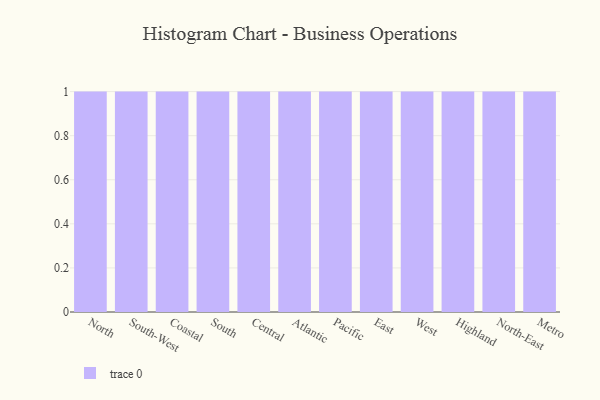
{"axis": {"x": "Region", "y": "Gross Profit (USD K)"}, "legend": [""], "data": [{"x": "North", "y": 83, "type": ""}, {"x": "South-West", "y": 40, "type": ""}, {"x": "Coastal", "y": 35, "type": ""}, {"x": "South", "y": 60, "type": ""}, {"x": "Central", "y": 2, "type": ""}, {"x": "Atlantic", "y": 23, "type": ""}, {"x": "Pacific", "y": 4, "type": ""}, {"x": "East", "y": 43, "type": ""}, {"x": "West", "y": 29, "type": ""}, {"x": "Highland", "y": 16, "type": ""}, {"x": "North-East", "y": 58, "type": ""}, {"x": "Metro", "y": 6, "type": ""}]}